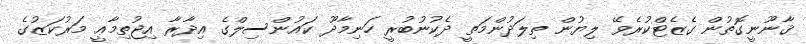
ޤާނޫނީގޮތުން ގެޒެޓްކުރެވޭ ލިޔުން ތިލަދުންމަތީ ދެކުނުބުރީ ހަނިމާދޫ ކައުންސިލްގެ އިދާރާ އިޖުތިމާޢީ މަރުކަޒުގެ